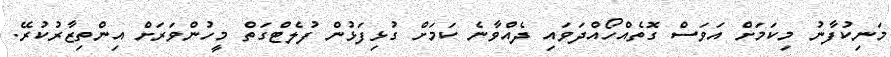
މަނިކުފާނު މިކަމަށް އަވަސް ގޮތެއްހޯއްދަވައި ދެއްވާނެ ކަމަށް ގުޅިފަޅުން ފުލެޓްގަތް މީހުންވަރަށް އިންތިޒާރުކުރޭ.